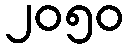
၂၀၅၀